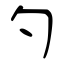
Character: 勺